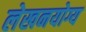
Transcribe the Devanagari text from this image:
लेखनयोग्य